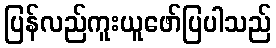
ပြန်လည်ကူးယူဖော်ပြပါသည်